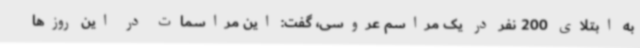
به ابتلای 200 نفر در یک مراسم عروسی، گفت: این مراسمات در این روزها